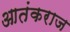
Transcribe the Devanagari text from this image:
आतंकराज